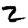
Digit: 2